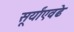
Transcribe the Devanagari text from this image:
सूर्यांएवढे